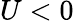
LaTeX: U<0